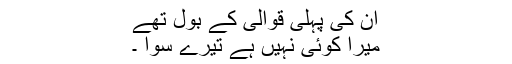
ان کی پہلی قوالی کے بول تھے
میرا کوئی نہیں ہے تیرے سوا ۔